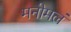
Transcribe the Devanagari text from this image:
मनोमलं